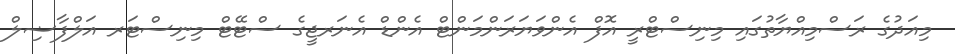
މިއަދުގެ ރަސްމިއްޔާތުގައި މިނިސްޓްރީ އޮފް އެންވަޔަރަންމަންޓް އެންޑް އެނަރޖީގެ ސްޓޭޓް މިނިސްޓަރ އަލްފާޟިލް